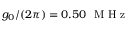
g _ { 0 } / ( 2 \pi ) = 0 . 5 0 \ \mathrm { ~ M ~ H ~ z ~ }